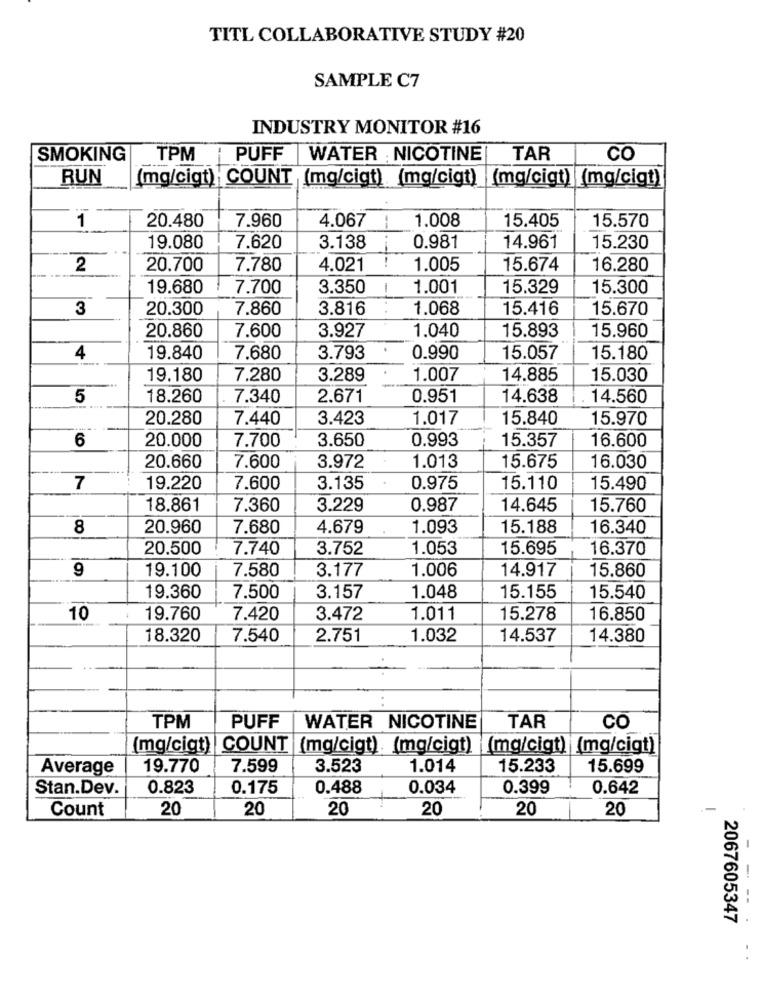
TITL COLLABORATIVE STUDY #20
SAMPLE C7
INDUSTRY MONITOR #16
SMOKING
TPM
PUFF |WATER NICOTINE
TAR
CO
RUN
(mg/cigt) COUNT (mg/cigt) (mg/cigt) (mg/cigt) (mg/cigt)
1
20.480
7.960
4.067
--
1.008
15.405
15.570
19.080
7.620
3.138
0.981
14.961
15.230
2
20.700
7.780
4.021
1.005
15.674
16.280
19.680
7.700
3.350
1
1.001
15.329
15.300
3
20.300
7.860
3.816
1.068
15.416
15.670
1.040
15.893
20.860
7.600
3.927
15.960
4
19.840
7.680
3.793
0.990
15.057
15.180
19.180
7.280
3.289
1.007
14.885
15.030
5
18.260
7.340
2.671
0.951
14.638
14.560
20.280
7.440
3.423
1.017
15.840
15.970
7.700
3.650
0.993
15.357
16.600
6
20.000
1.013
20.660
7.600
3.972
15.675
16.030
7
19.220
7.600
3.135
0.975
15.110
15.490
18.861
7.360
3.229
0.987
14.645
15.760
8
20.960
7.680
4.679
1.093
15.188
16.340
20.500
7.740
3.752
1.053
15.695
16.370
9
19.100
1.006
14.917
7.580
3.177
15.860
19.360
7.500
3.157
1.048
15.155
15.540
10
19.760
7.420
3.472
1.011
15.278
16.850
18.320
7.540
2.751
1.032
14.537
14.380
TPM
PUFF
WATER NICOTINE
TAR
CO
(mg/cigt) COUNT (mg/cigt). (mg/cigt) (mg/cigt) (mg/cigt)
Average
19.770
7.599
3.523
1.014
15.233
15.699
Stan.Dev.
0.823
0.175
0.488
0.034
0.399
0.642
Count
20
20
20
20
20
20
-
---
2067605347